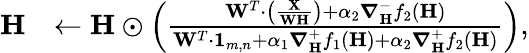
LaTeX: \begin{array}{rl}{\mathbf{H}}&{\leftarrow\mathbf{H}\odot\left(\frac{\mathbf{W}^{T}\cdot\left(\frac{\mathbf{X}}{\mathbf{W}\mathbf{H}}\right)+\alpha_{2}\boldsymbol\nabla_{\mathbf{H}}^{-}f_{2}(\mathbf{H})}{\mathbf{W}^{T}\cdot\mathbf{1}_{m,n}+\alpha_{1}\boldsymbol\nabla_{\mathbf{H}}^{+}f_{1}(\mathbf{H})+\alpha_{2}\boldsymbol\nabla_{\mathbf{H}}^{+}f_{2}(\mathbf{H})}\right),}\end{array}